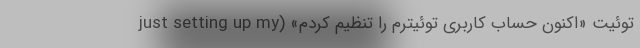
توئیت «اکنون حساب کاربری توئیترم را تنظیم کردم» (just setting up my